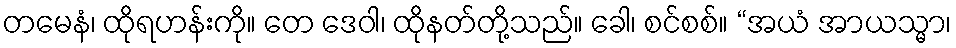
တမေနံ၊ ထိုရဟန်းကို။ တေ ဒေဝါ၊ ထိုနတ်တို့သည်။ ခေါ၊ စင်စစ်။ “အယံ အာယသ္မာ၊